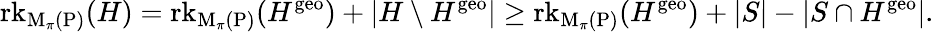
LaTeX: \operatorname{rk}_{\mathrm{M}_{\pi}(\mathrm{P})}(H)=\operatorname{rk}_{\mathrm{M}_{\pi}(\mathrm{P})}(H^{\mathrm{geo}})+|H\setminus H^{\mathrm{geo}}|\ge\operatorname{rk}_{\mathrm{M}_{\pi}(\mathrm{P})}(H^{\mathrm{geo}})+|S|-|S\cap H^{\mathrm{geo}}|.